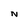
Character: N